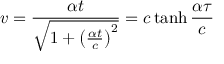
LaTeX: v = { \frac { \alpha t } { \sqrt { 1 + \left( { \frac { \alpha t } { c } } \right) ^ { 2 } } } } = c \operatorname { t a n h } { \frac { \alpha \tau } { c } }